38_143685_box7_Incident_Summaries_1-100
Agency: Department of War
Page 98
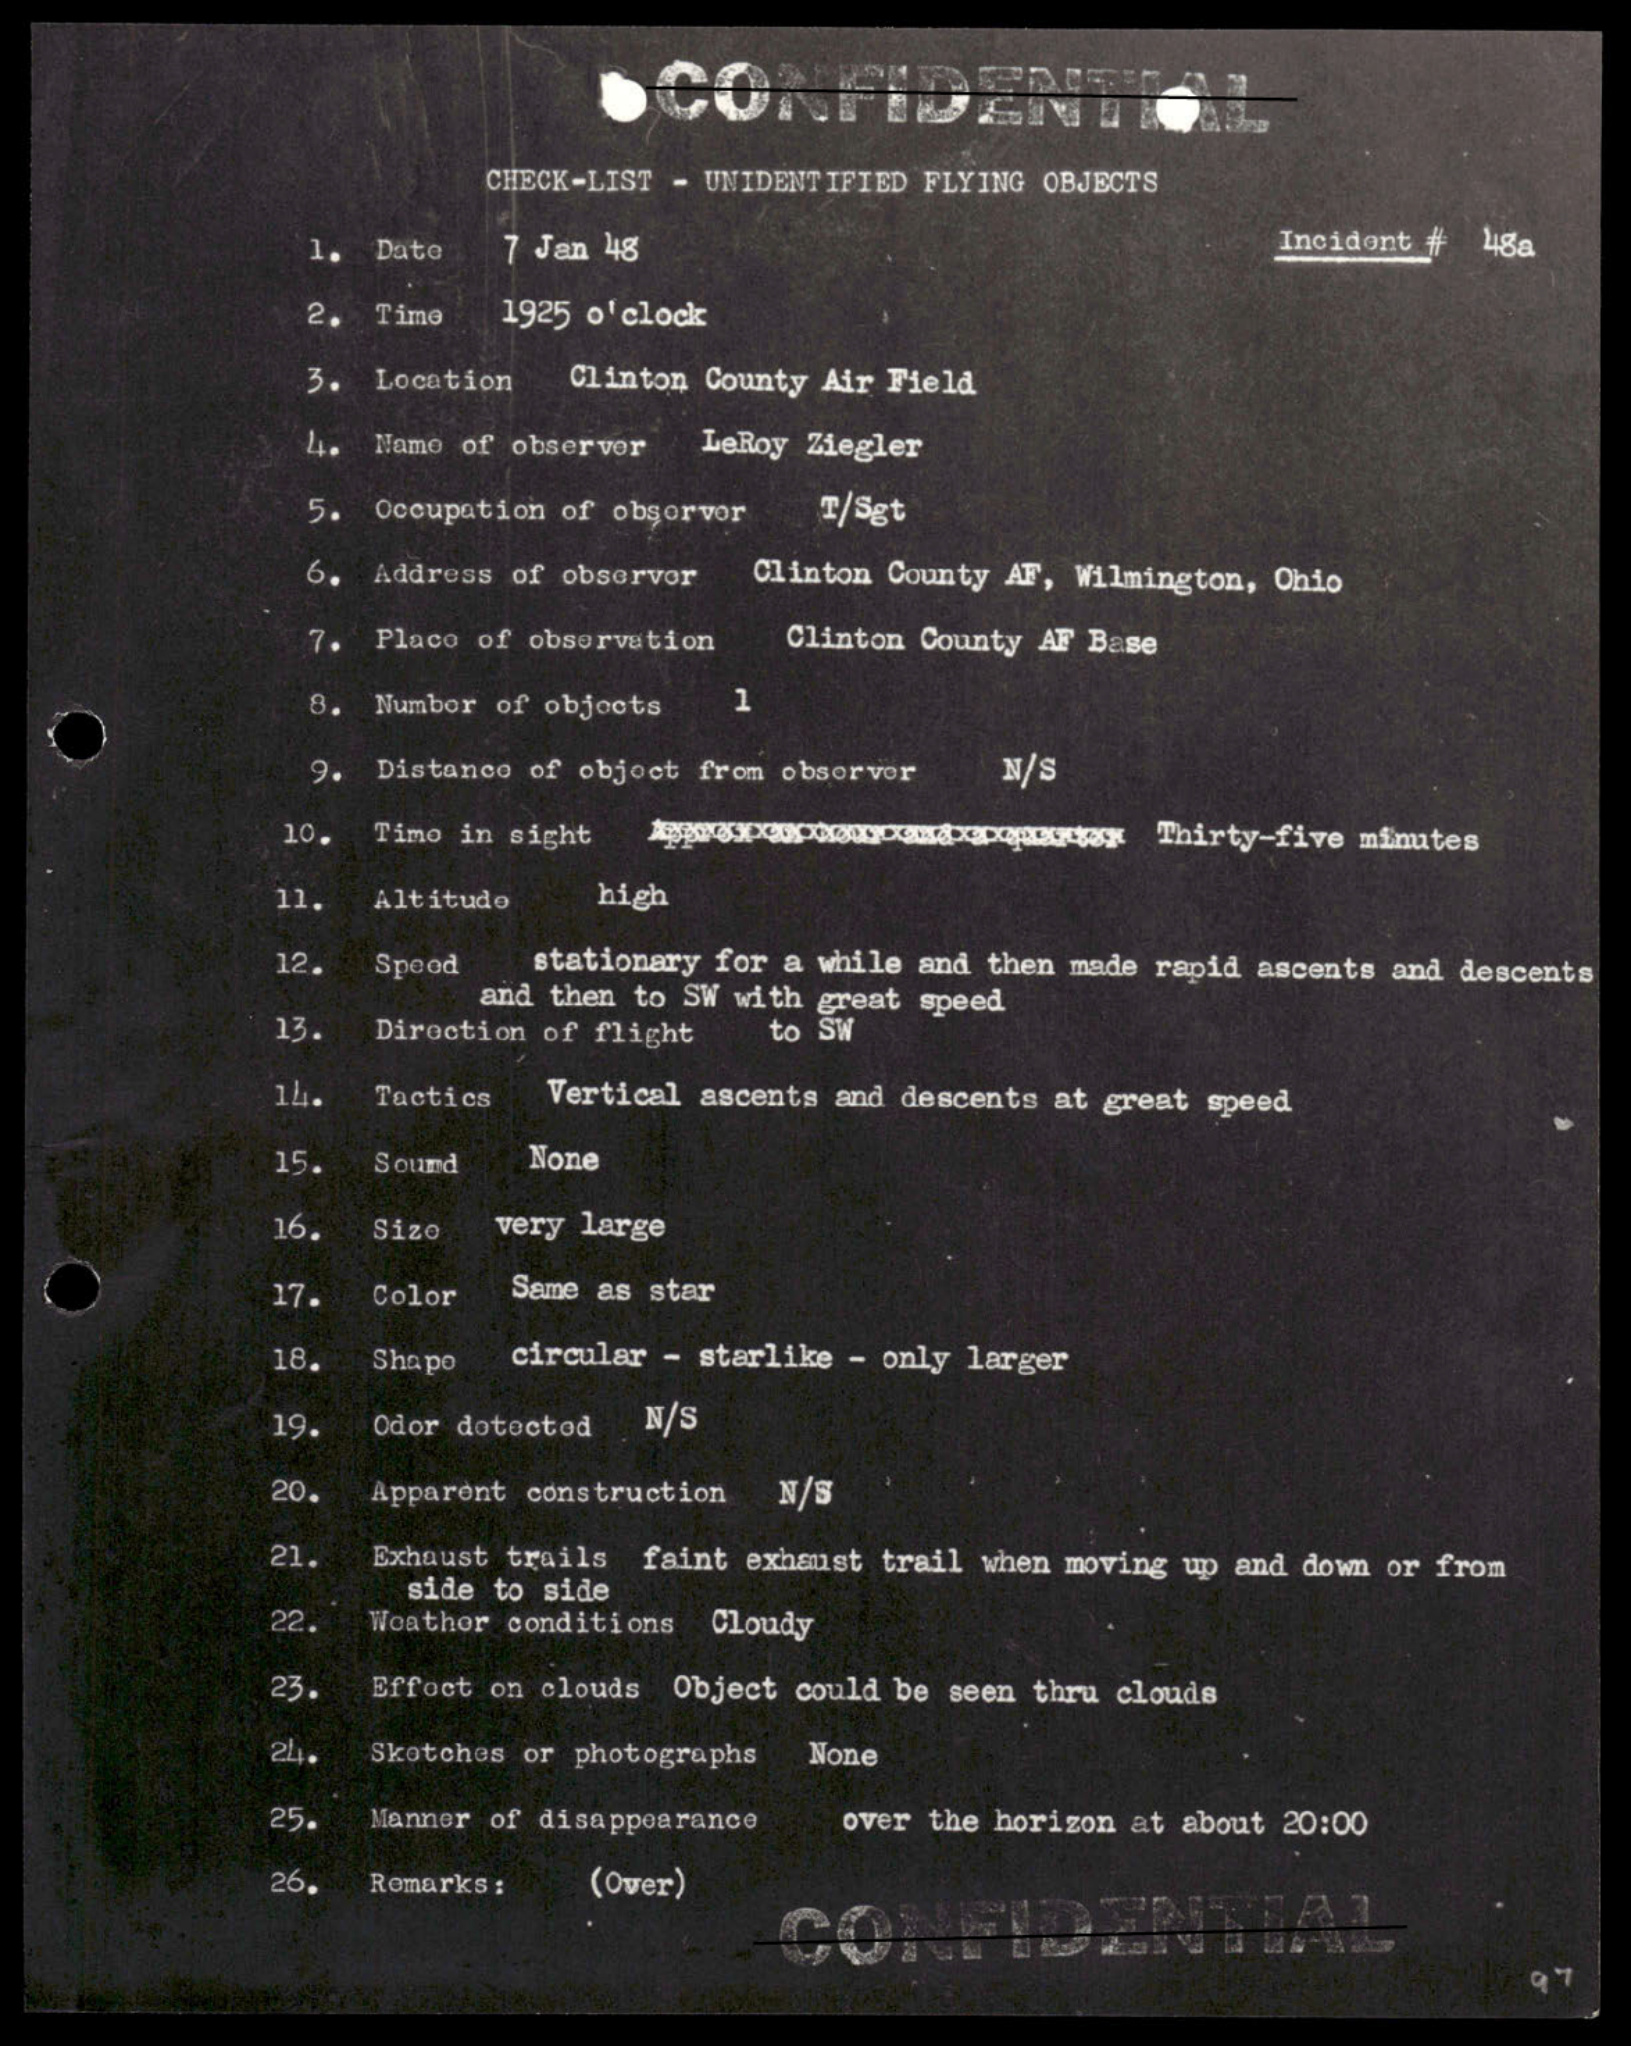